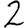
Digit: 2